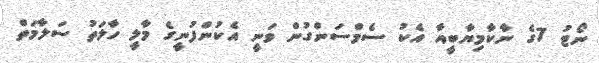
ނޯޓު 7ގެ ނާކާމިޔާބީއާ އެކު ސެމްސަންގުން ވަނީ އެކުންފުނީގެ މާލީ ހާލަތު ސަލާމަތް